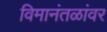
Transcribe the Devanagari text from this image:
विमानंतळांवर